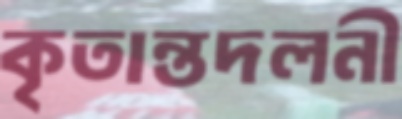
কৃতান্তদলনী